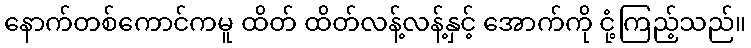
နောက်တစ်ကောင်ကမူ ထိတ် ထိတ်လန့်လန့်နှင့် အောက်ကို ငုံ့ကြည့်သည်။